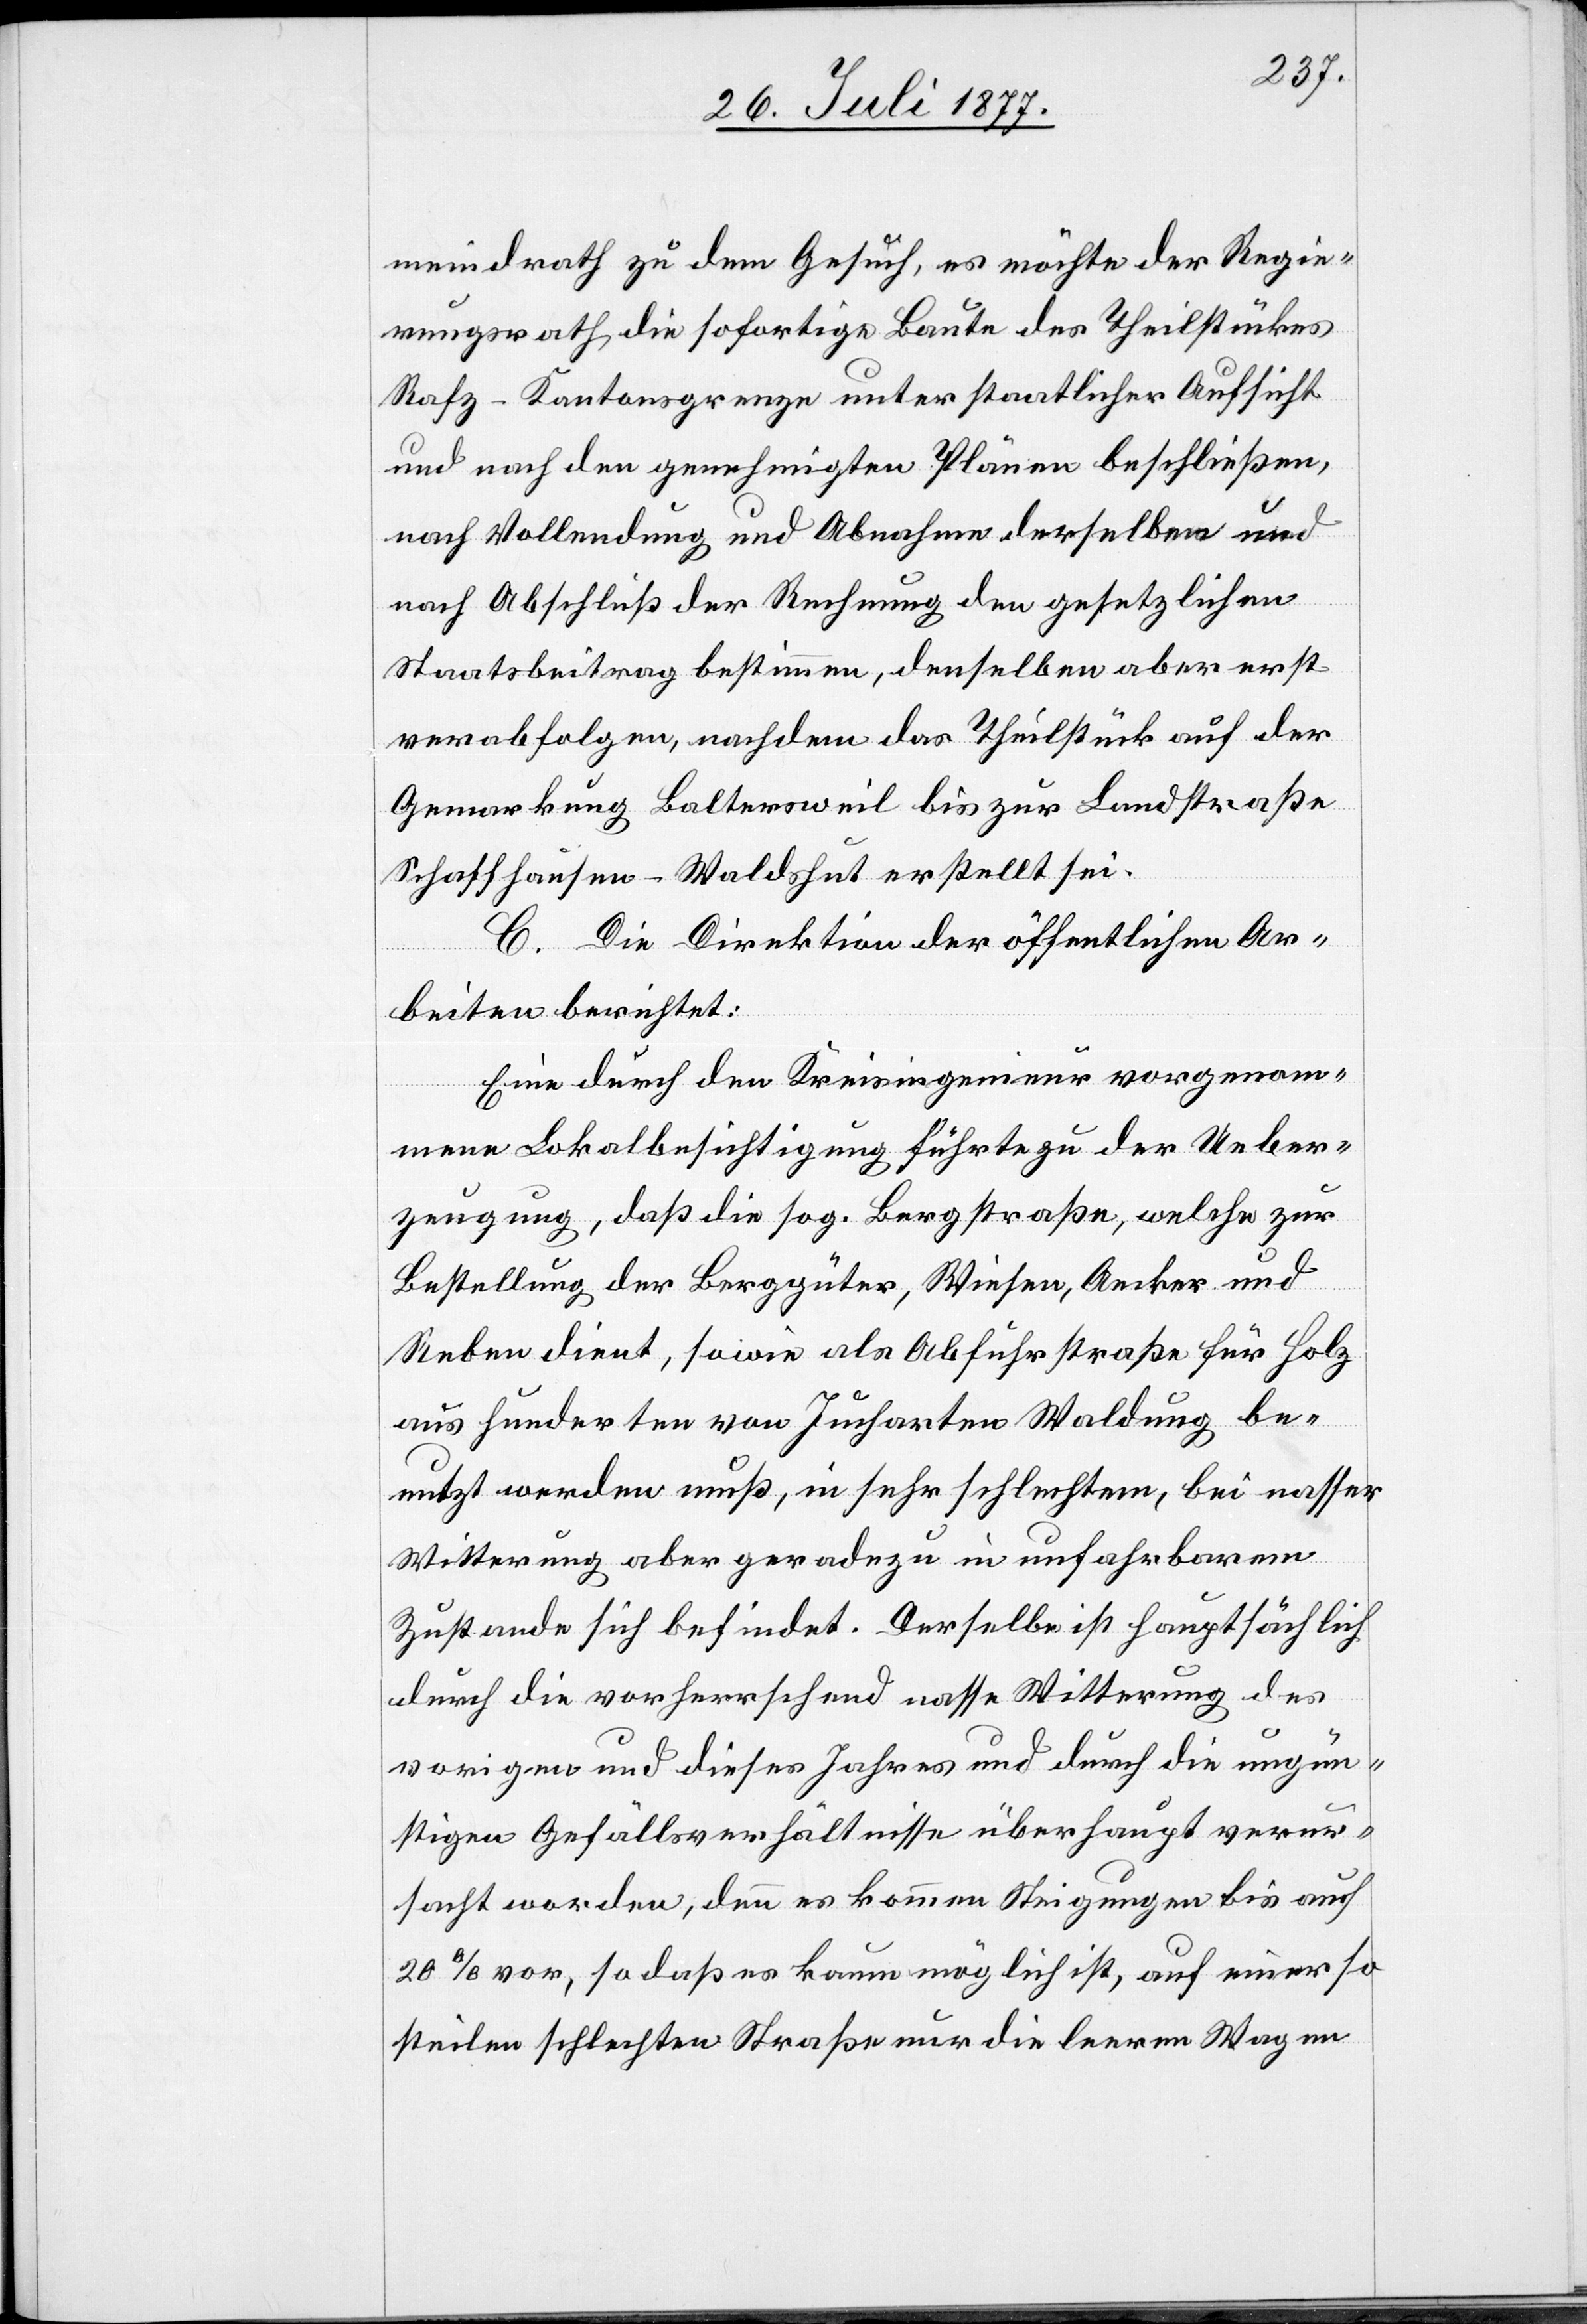
meindrath zu dem Gesuch, es möchte der Regie¬
rungsrath die sofortige Baute des Theilstückes
Rafz–Kantonsgrenze unter staatlicher Aufsicht
und nach den genehmigten Plänen beschließen,
nach Vollendung und Abnahme derselben und
nach Abschluß der Rechnung den gesetzlichen
Staatsbeitrag bestimmen, denselben aber erst
verabfolgen, nachdem das Theilstück auf der
Gemarkung Baltersweil bis zur Landstraße
Schaffhausen–Waldshut erstellt sei.
C. Die Direktion der öffentlichen Ar¬
beiten berichtet:
Eine durch den Kreisingenieur vorgenom¬
mene Lokalbesichtigung führte zu der Ueber¬
zeugung, daß die sog. Bergstraße, welche zur
Bestellung der Berggüter, Wiesen, Aecker und
Reben dient, sowie als Abfuhrstraße für Holz
aus hunderten von Jucharten Waldung be¬
nutzt werden muß, in sehr schlechtem, bei nasser
Witterung aber geradezu in unfahrbarem
Zustande sich befindet. Derselbe ist hauptsächlich
durch die vorherrschend nasse Witterung des
vorigen und dieses Jahres und durch die ungün¬
stigen Gefällsverhältnisse überhaupt verur¬
sacht worden, denn es kommen Steigungen bis auf
20% vor, so daß es kaum möglich ist, auf einer so
steilen schlechten Straße nur die leeren Wagen